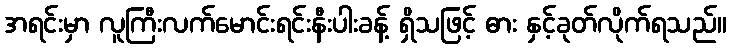
အရင်းမှာ လူကြီးလက်မောင်းရင်းနီးပါးခန့် ရှိသဖြင့် ဓား နှင့်ခုတ်လိုက်ရသည်။